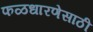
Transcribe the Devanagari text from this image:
फळधारणेसाठी